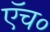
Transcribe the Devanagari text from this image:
एॅच०